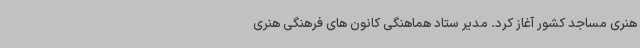
هنری مساجد کشور آغاز کرد. مدیر ستاد هماهنگی کانون های فرهنگی هنری